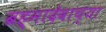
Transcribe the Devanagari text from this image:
ब्रह्मादेवाच्या